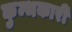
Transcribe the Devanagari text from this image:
कुम्भकारी